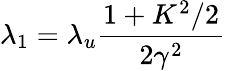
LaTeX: \lambda_{1}=\lambda_{u}\frac{1+K^{2}/2}{2\gamma^{2}}